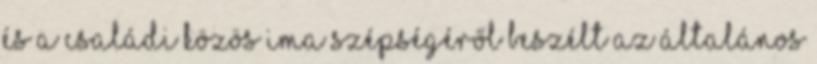
és a családi közös ima szépségéről beszélt az általános